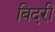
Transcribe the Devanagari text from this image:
बिदरी